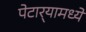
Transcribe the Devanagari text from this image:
पेटार्‍यामध्ये